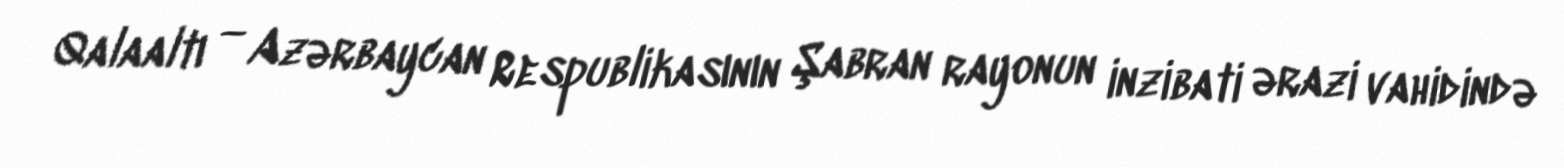
Qalaaltı — Azərbaycan Respublikasının Şabran rayonun inzibati ərazi vahidində